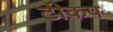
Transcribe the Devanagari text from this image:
टीकप